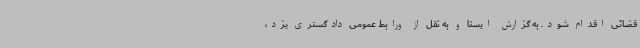
قضائی اقدام شود. به گزارش ایسنا و به نقل از ورابط عمومی دادگستری یزد،